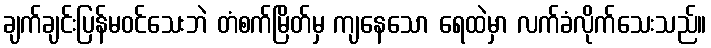
ချက်ချင်းပြန်မဝင်သေးဘဲ တံစက်မြိတ်မှ ကျနေသော ရေထဲမှာ လက်ခံလိုက်သေးသည်။